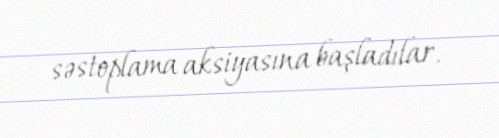
səstoplama aksiyasına başladılar.